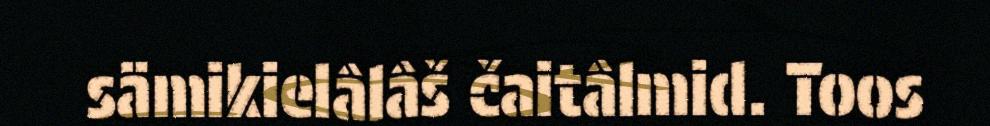
sämikielâlâš čaitâlmid. Toos